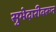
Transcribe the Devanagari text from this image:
सुभेदारीवरून